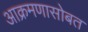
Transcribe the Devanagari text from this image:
आक्रमणासोबत